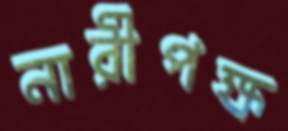
নারীপক্ষ